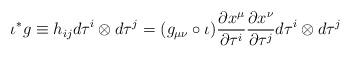
LaTeX: \begin{gather*}\iota^*g \equiv h_{ij} d \tau^i\otimes d\tau^j = (g_{\mu\nu} \circ \iota) \frac{\partial x^\mu}{\partial \tau^i} \frac{\partial x^\nu}{\partial \tau^j} d\tau^i \otimes d\tau^j\end{gather*}